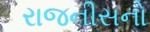
રાજનીસનો